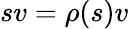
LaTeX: sv=\rho(s)v